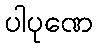
ပါပုဏေ